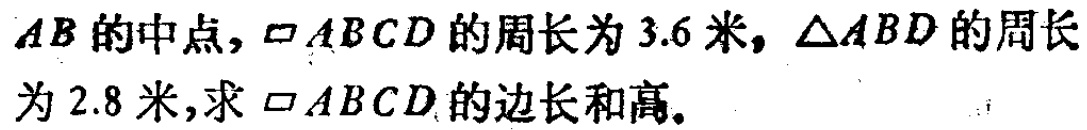
$AB的中点，\square ABCD的周长为3.6米，\triangle ABD的周长为2.8米，求\square ABCD的边长和高。$